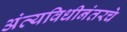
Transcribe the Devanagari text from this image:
अंत्यविधीनंतरचे